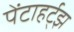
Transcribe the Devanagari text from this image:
पेंटाहर्ट्‌झ